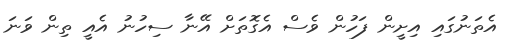
އެތަނުގައި އިށީން ފަހުން ވެސް އެގޮތަށް އޭނާ ސިހުނު އެއީ ތިން ވަނަ